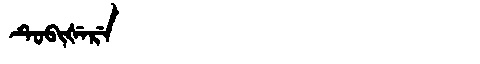
Manchu: ᡨᡠᠪᡳᡧᡝᡵᡝ
Romanization: TUBIŠERE